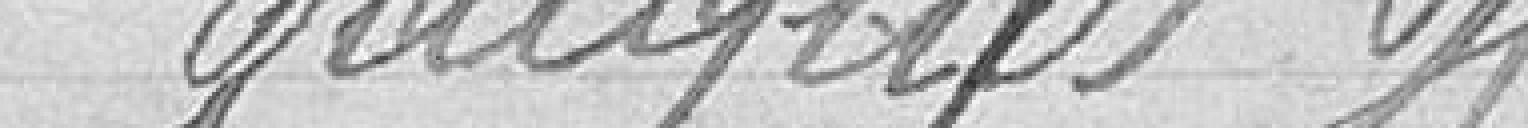
GAUGUS H.